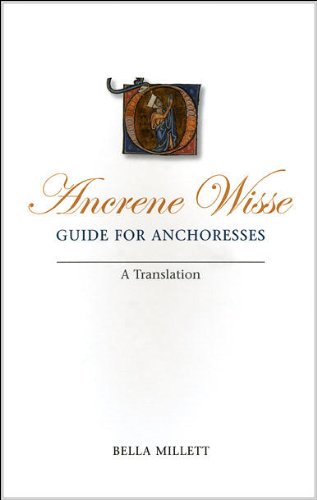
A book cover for Ancrene Wisse / Guide for Anchoresses: A Translation (University of Exeter Press - Exeter Medieval Texts and Studies); Literature & Fiction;